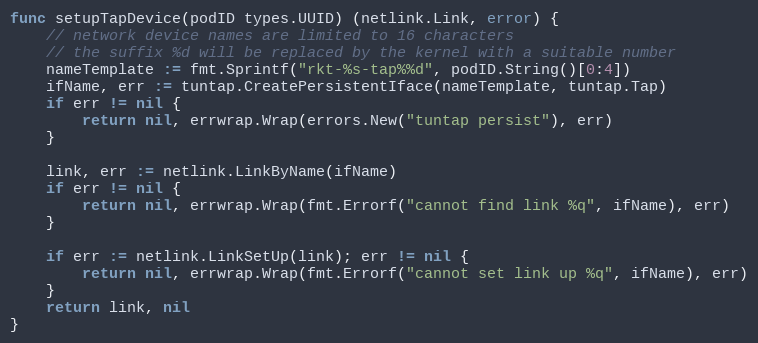
Language: Go
func setupTapDevice(podID types.UUID) (netlink.Link, error) {
	// network device names are limited to 16 characters
	// the suffix %d will be replaced by the kernel with a suitable number
	nameTemplate := fmt.Sprintf("rkt-%s-tap%%d", podID.String()[0:4])
	ifName, err := tuntap.CreatePersistentIface(nameTemplate, tuntap.Tap)
	if err != nil {
		return nil, errwrap.Wrap(errors.New("tuntap persist"), err)
	}

	link, err := netlink.LinkByName(ifName)
	if err != nil {
		return nil, errwrap.Wrap(fmt.Errorf("cannot find link %q", ifName), err)
	}

	if err := netlink.LinkSetUp(link); err != nil {
		return nil, errwrap.Wrap(fmt.Errorf("cannot set link up %q", ifName), err)
	}
	return link, nil
}